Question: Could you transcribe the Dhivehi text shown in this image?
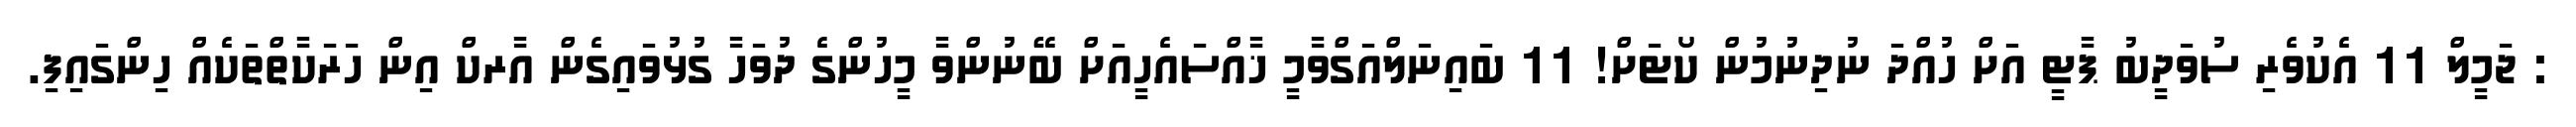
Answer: : ޖަމީލް 11 އެކުވެރި ސުވަދީބު ޕާޓީ އަށް ހުއްދަ ނުދިނުމުން ކޯޓަށް! 11 ބައިނަލްއަގްވާމީ ޚާއްސައެހީއަށް ބޭނުންވާ މީހުންގެ ދުވަހާ ގުޅުވައިގެން އާރކް އިން ހަރަކާތްތަކެއް ހިންގައިފި.